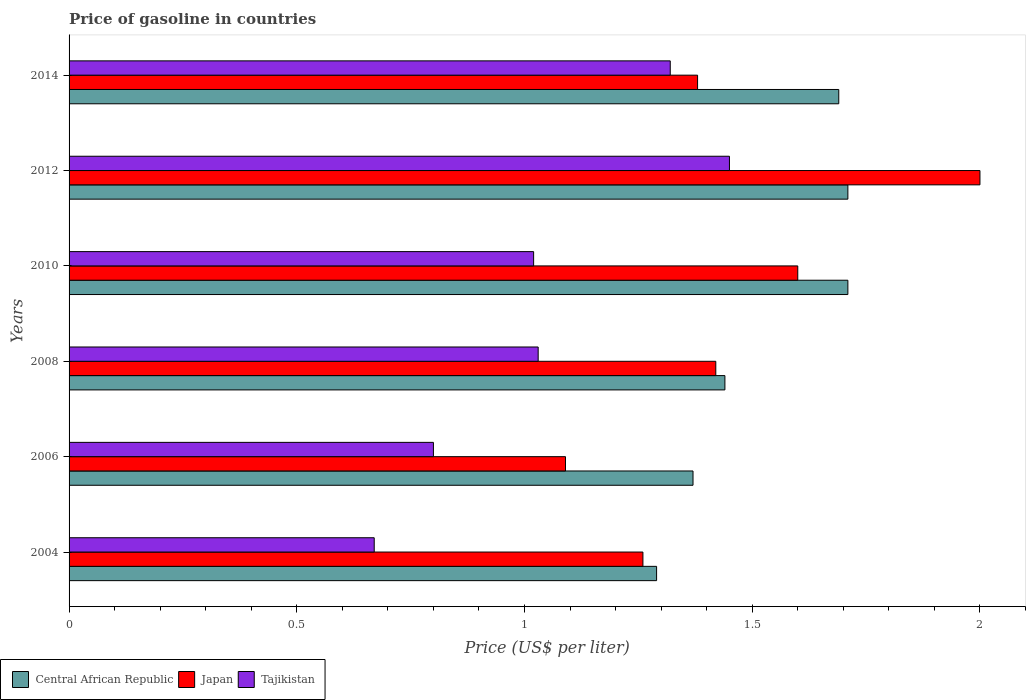
| Years | Central African Republic | Japan | Tajikistan |
 | --- | --- | --- | --- |
 | 2004 | 1.29 | 1.26 | 0.67 |
 | 2006 | 1.37 | 1.09 | 0.8 |
 | 2008 | 1.44 | 1.42 | 1.03 |
 | 2010 | 1.71 | 1.6 | 1.02 |
 | 2012 | 1.71 | 2 | 1.45 |
 | 2014 | 1.69 | 1.38 | 1.32 |